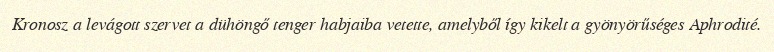
Kronosz a levágott szervet a dühöngő tenger habjaiba vetette, amelyből így kikelt a gyönyörűséges Aphrodité.